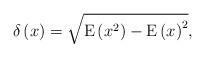
LaTeX: \begin{align*}\delta\left(x \right) = \sqrt{\mathrm{E}\left( x^2 \right) - \mathrm{E}\left( x \right)^2}, \end{align*}